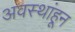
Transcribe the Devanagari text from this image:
अवस्थांहून